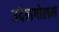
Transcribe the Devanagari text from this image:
उदेलगोलम